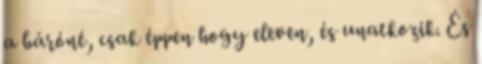
a báróné, csak éppen hogy eleven, és unatkozik. És